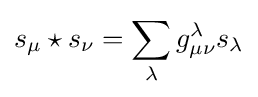
s_{\mu }\star s_{\nu }=\sum _{\lambda }g_{\mu \nu }^{\lambda }s_{\lambda }